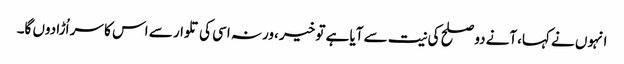
انہوں نے کہا،آنے دو صلح کی نیت سے آیا ہے تو خیر ،ورنہ اسی کی تلوار سے اس کا سر اُڑا دوں گا۔